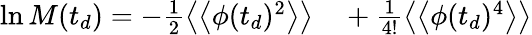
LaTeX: \begin{array}{rl}{\ln M(t_{d})=-\frac{1}{2}\left\langle\left\langle\phi(t_{d})^{2}\right\rangle\right\rangle}&{{}+\frac{1}{4!}\left\langle\left\langle\phi(t_{d})^{4}\right\rangle\right\rangle}\end{array}